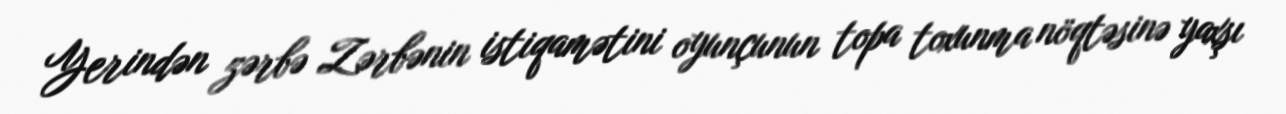
Yerindən zərbə Zərbənin istiqamətini oyunçunun topa toxunma nöqtəsinə yaxşı